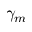
\gamma _ { m }